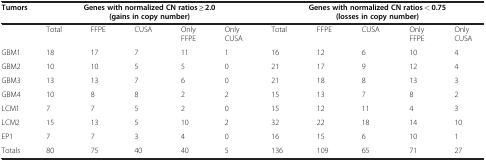
<table><thead><tr><td><b>Tumors</b></td><td colspan="5"><b>Genes with normalized CN ratios ≥ 2.0 (gains in copy number)</b></td><td colspan="5"><b>Genes with normalized CN ratios &lt; 0.75 (losses in copy number)</b></td></tr></thead><tbody><tr><td>[EMPTY_CELL]</td><td>Total</td><td>FFPE</td><td>CUSA</td><td>Only FFPE</td><td>Only CUSA</td><td>Total</td><td>FFPE</td><td>CUSA</td><td>Only FFPE</td><td>Only CUSA</td></tr><tr><td>GBM1</td><td>18</td><td>17</td><td>7</td><td>11</td><td>1</td><td>16</td><td>12</td><td>6</td><td>10</td><td>4</td></tr><tr><td>GBM2</td><td>10</td><td>10</td><td>5</td><td>5</td><td>0</td><td>21</td><td>17</td><td>9</td><td>12</td><td>4</td></tr><tr><td>GBM3</td><td>13</td><td>13</td><td>7</td><td>6</td><td>0</td><td>21</td><td>18</td><td>8</td><td>13</td><td>3</td></tr><tr><td>GBM4</td><td>10</td><td>8</td><td>8</td><td>2</td><td>2</td><td>15</td><td>13</td><td>7</td><td>8</td><td>2</td></tr><tr><td>LCM1</td><td>7</td><td>7</td><td>5</td><td>2</td><td>0</td><td>15</td><td>12</td><td>11</td><td>4</td><td>3</td></tr><tr><td>LCM2</td><td>15</td><td>13</td><td>5</td><td>10</td><td>2</td><td>32</td><td>22</td><td>18</td><td>14</td><td>10</td></tr><tr><td>EP1</td><td>7</td><td>7</td><td>3</td><td>4</td><td>0</td><td>16</td><td>15</td><td>6</td><td>10</td><td>1</td></tr><tr><td>Totals</td><td>80</td><td>75</td><td>40</td><td>40</td><td>5</td><td>136</td><td>109</td><td>65</td><td>71</td><td>27</td></tr></tbody></table>